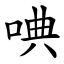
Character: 唺